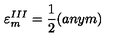
{ \varepsilon } _ { m } ^ { I I I } = \frac { 1 } { 2 } ( a n y m )